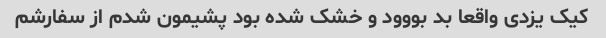
کیک یزدی واقعا بد بووود و خشک شده بود پشیمون شدم از سفارشم